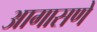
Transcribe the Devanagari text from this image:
आगासणे